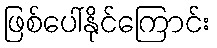
ဖြစ်ပေါ်နိုင်ကြောင်း